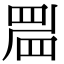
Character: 𥆞